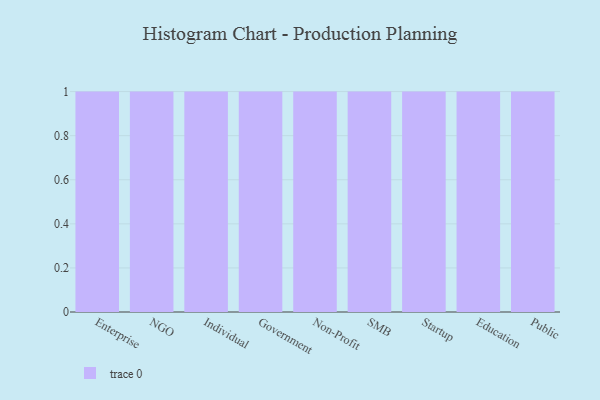
{"axis": {"x": "Segment", "y": "Bounce Rate (%)"}, "legend": [""], "data": [{"x": "Enterprise", "y": 78, "type": ""}, {"x": "NGO", "y": 39, "type": ""}, {"x": "Individual", "y": 69, "type": ""}, {"x": "Government", "y": 3, "type": ""}, {"x": "Non-Profit", "y": 37, "type": ""}, {"x": "SMB", "y": 18, "type": ""}, {"x": "Startup", "y": 19, "type": ""}, {"x": "Education", "y": 22, "type": ""}, {"x": "Public", "y": 1, "type": ""}]}